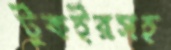
টুকইরসহ